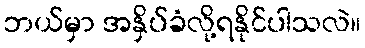
ဘယ်မှာ အနှိပ်ခံလို့ရနိုင်ပါသလဲ။